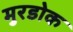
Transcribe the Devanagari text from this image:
मुरडोक